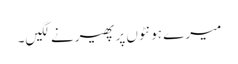
میرے ہونٹوں پر پھیرنے لگیں۔